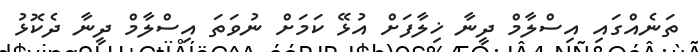
ތަނެއްގައި އިސްލާމް ދީނާ ޚިލާފަށް އުޅޭ ކަމަށް ނުވަތަ އިސްލާމް ދީނާ ދެކޮޅު